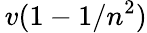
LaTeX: \, v(1-1/n^{2})